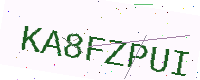
Text: KA8FZPUI